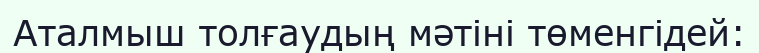
Аталмыш толғаудың мәтіні төменгідей: